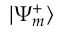
\mathinner { | { \Psi _ { m } ^ { + } } \rangle }